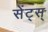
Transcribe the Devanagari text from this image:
सेंट्स्